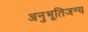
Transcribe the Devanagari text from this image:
अनुभूतिजन्य